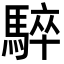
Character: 𩤏